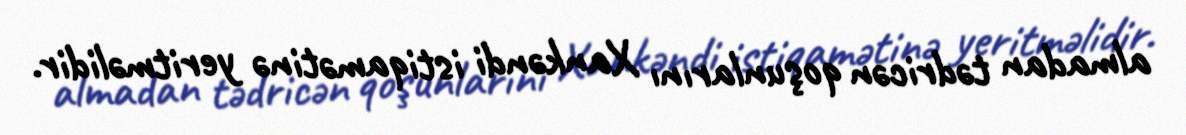
almadan tədricən qoşunlarını Xankəndi istiqamətinə yeritməlidir.